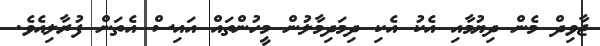
ޖާވިދް މެން ދިޔުމާއި އެކު އެކި ދިމަދިމާލުން މީހުންތައް އައިސް އެތަން ފުރާލިއެވެ.